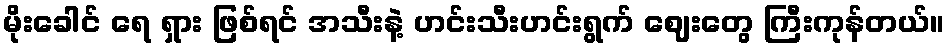
မိုးခေါင် ရေ ရှား ဖြစ်ရင် အသီးနဲ့ ဟင်းသီးဟင်းရွက် ဈေးတွေ ကြီးကုန်တယ်။